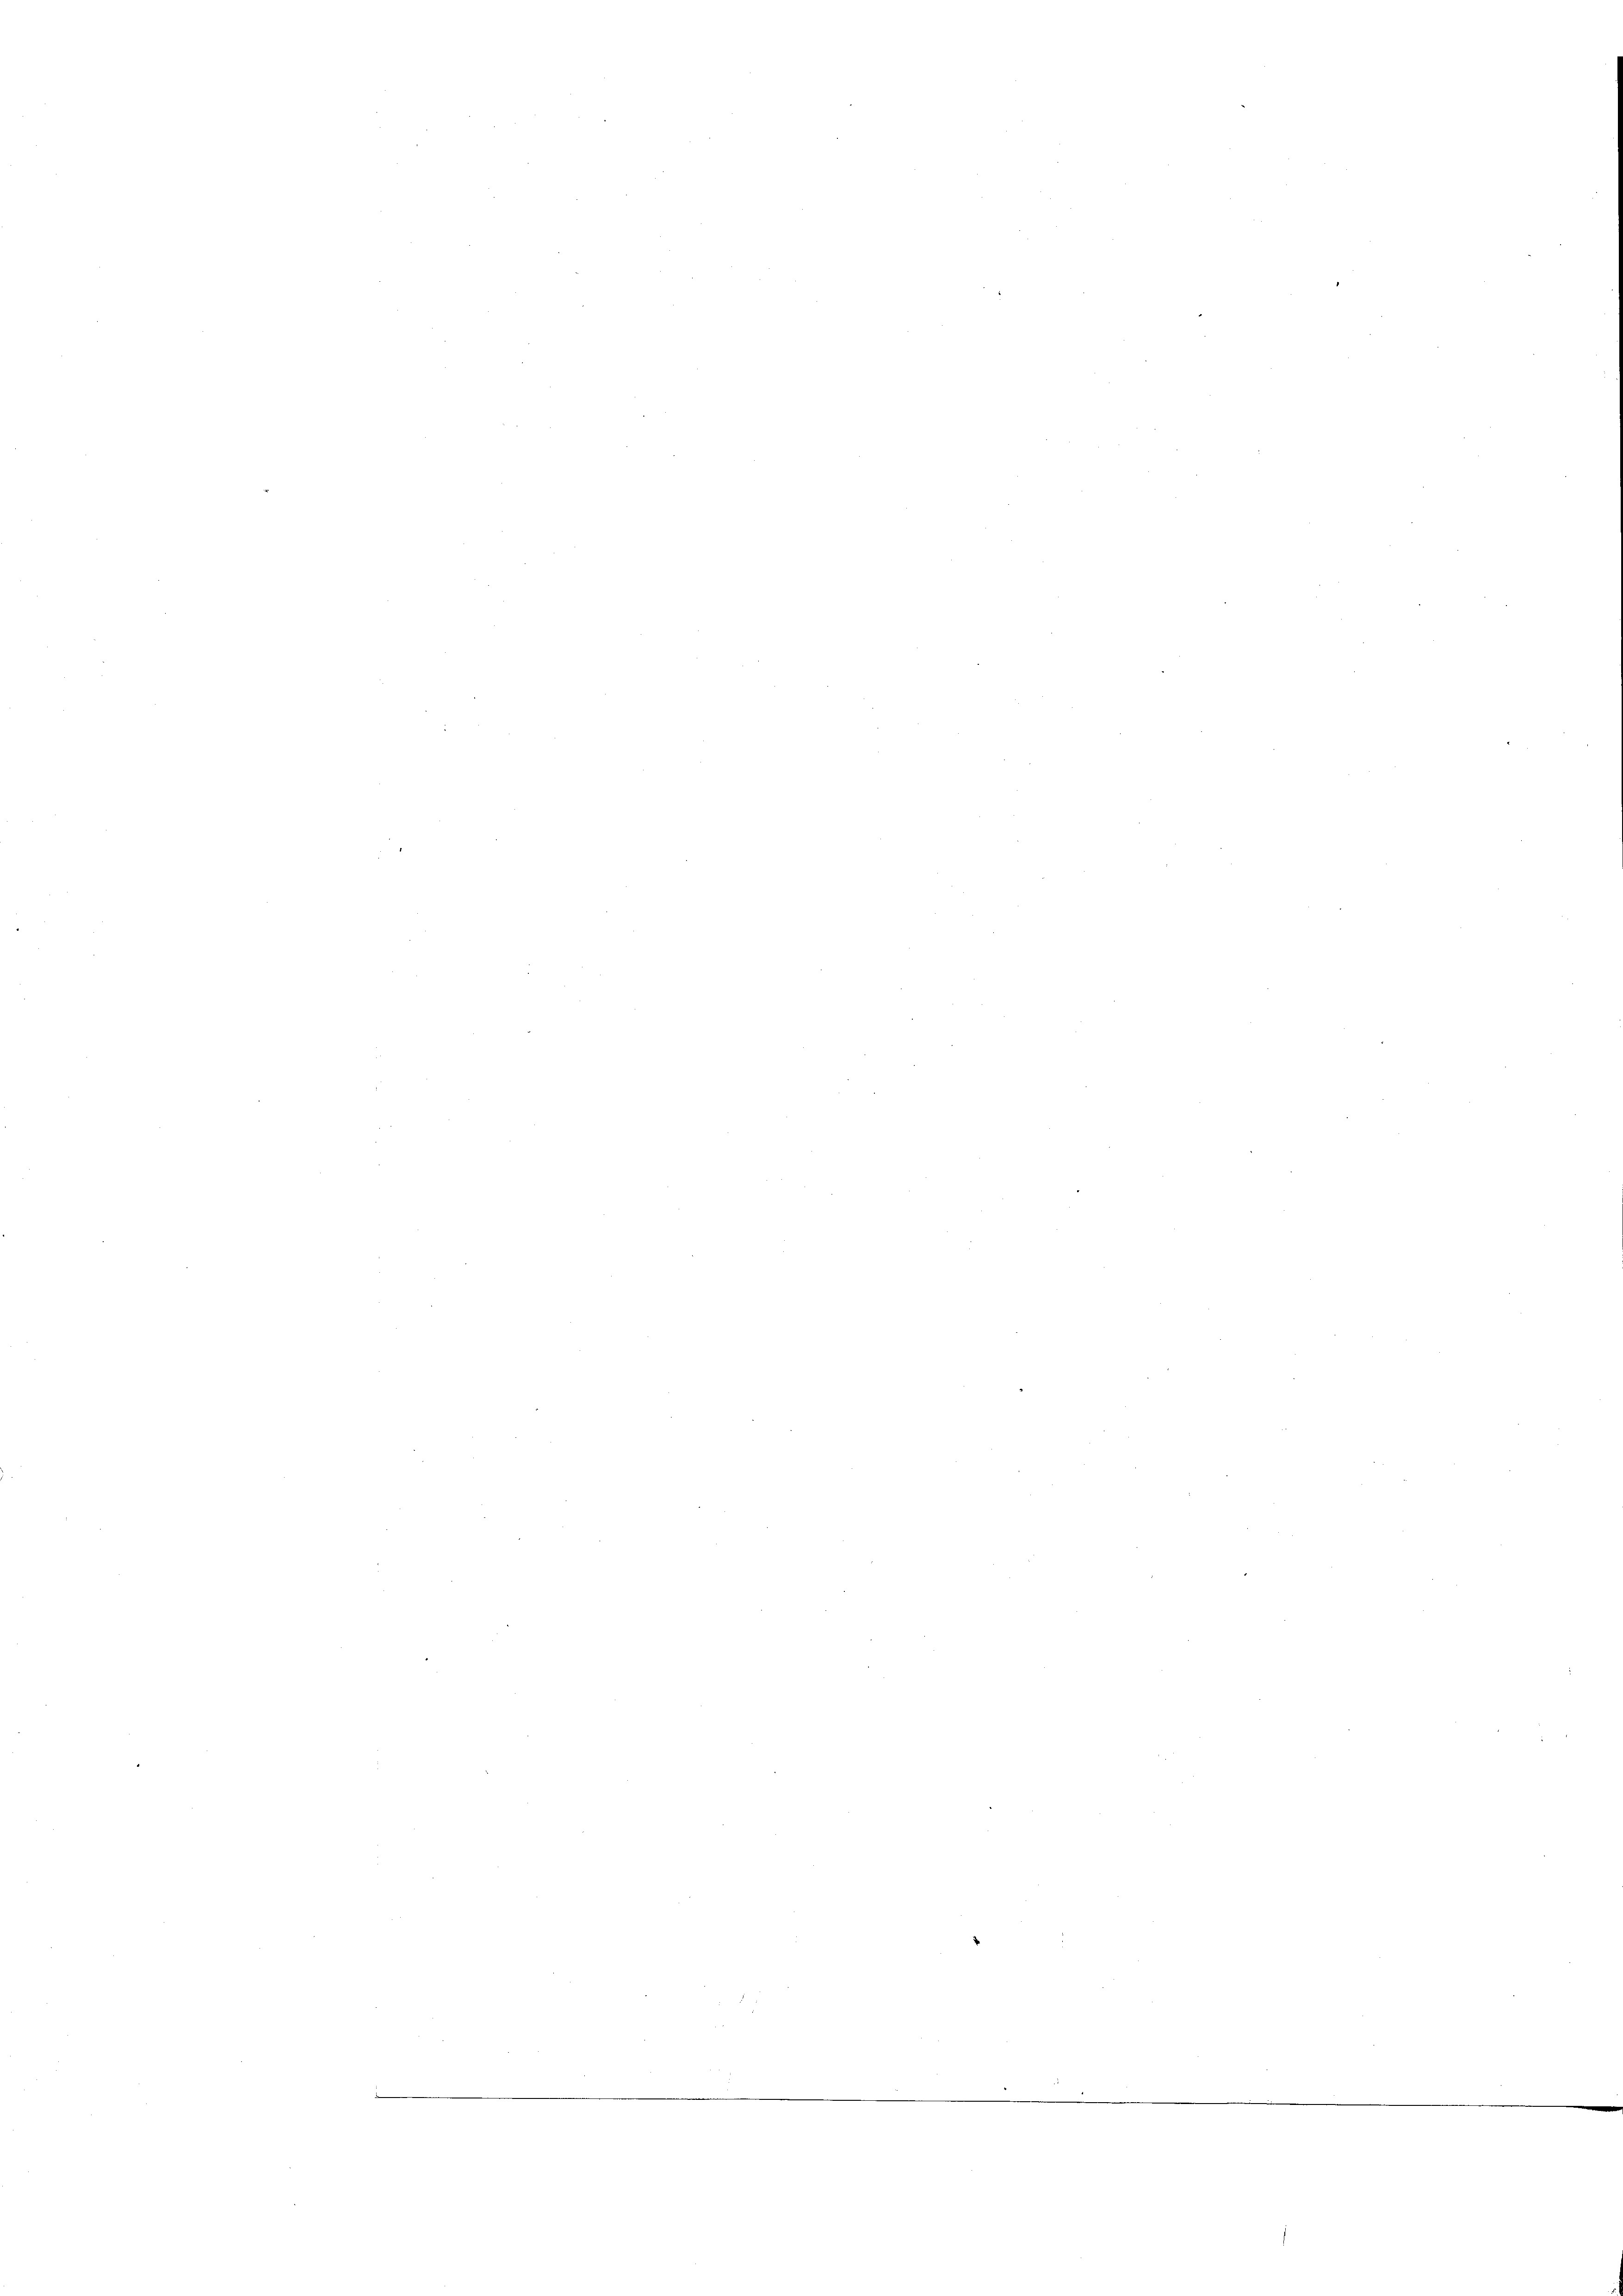
tien u